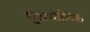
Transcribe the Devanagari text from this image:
भुअगोलिक